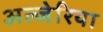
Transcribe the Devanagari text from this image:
अल्जेरिया